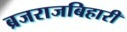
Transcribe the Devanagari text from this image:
ब्रजराजबिहारी